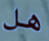
هل